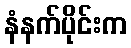
နံနက်ပိုင်းက